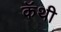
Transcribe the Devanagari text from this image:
कॅथी